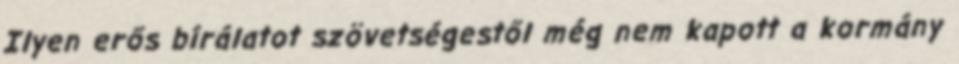
Ilyen erős bírálatot szövetségestől még nem kapott a kormány